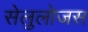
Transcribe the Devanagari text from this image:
सेलुलोजस